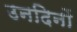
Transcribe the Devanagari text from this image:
उनदिनों